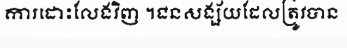
ការដោះលែងវិញ ។ជនសង្ស័យដែលត្រូវបាន